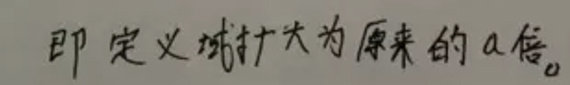
即定义域扩大为原来的$a$倍。